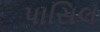
પાસિલ